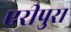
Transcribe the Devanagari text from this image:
एरीपुरा